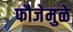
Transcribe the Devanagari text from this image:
फौजेमुळे